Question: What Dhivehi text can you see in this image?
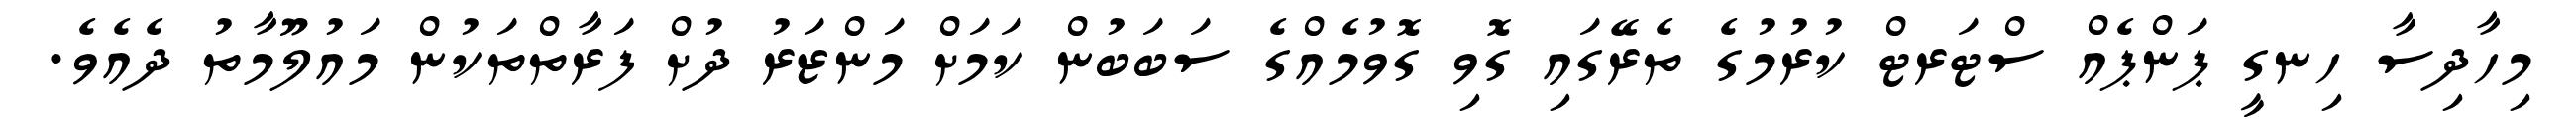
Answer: މިހާދިސާ ހިނގީ ޕަންޕެއް ސްޓަރޓް ކުރުމުގެ ތެރޭގައި ގޮވި ގޮވުމެއްގެ ސަބަބުން ކަމަށް މަންޒަރު ދުށް ފަރާތްތަކުން މައުލޫމާތު ދެއެވެ.